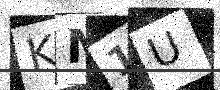
Text: KM1U